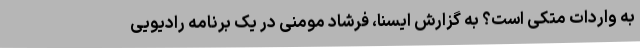
به واردات متکی است؟ به گزارش ایسنا، فرشاد مومنی در یک برنامه رادیویی